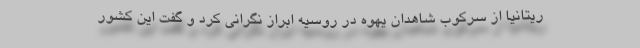
ریتانیا از سرکوب شاهدان یهوه در روسیه ابراز نگرانی کرد و گفت این کشور